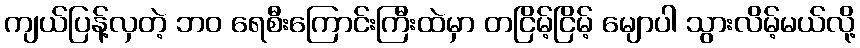
ကျယ်ပြန့်လှတဲ့ ဘဝ ရေစီးကြောင်းကြီးထဲမှာ တငြိမ့်ငြိမ့် မျောပါ သွားလိမ့်မယ်လို့